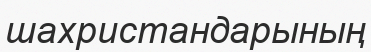
шахристандарының